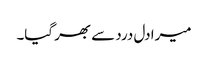
میرا دل درد سے بھر گیا۔